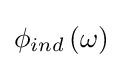
\phi _{ind}\left(\omega \right)